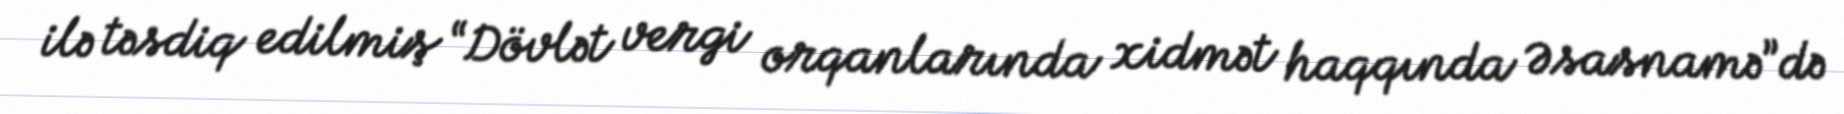
ilə təsdiq edilmiş “Dövlət vergi orqanlarında xidmət haqqında Əsasnamə”də